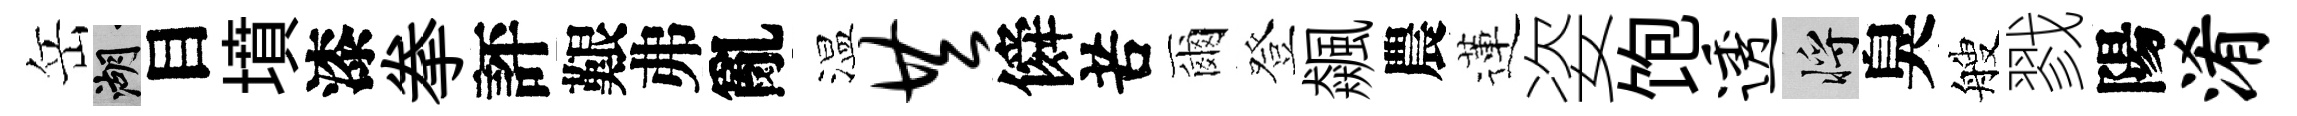
岳湖目墳漆拳評艱弗亂温共僢苦爾登飆農蓮姿饱透將臭艘戮陽淆